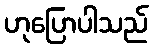
ဟုပြောပါသည်